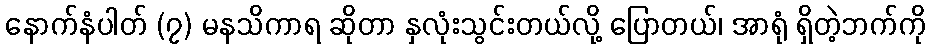
နောက်နံပါတ် (၇) မနသိကာရ ဆိုတာ နှလုံးသွင်းတယ်လို့ ပြောတယ်၊ အာရုံ ရှိတဲ့ဘက်ကို